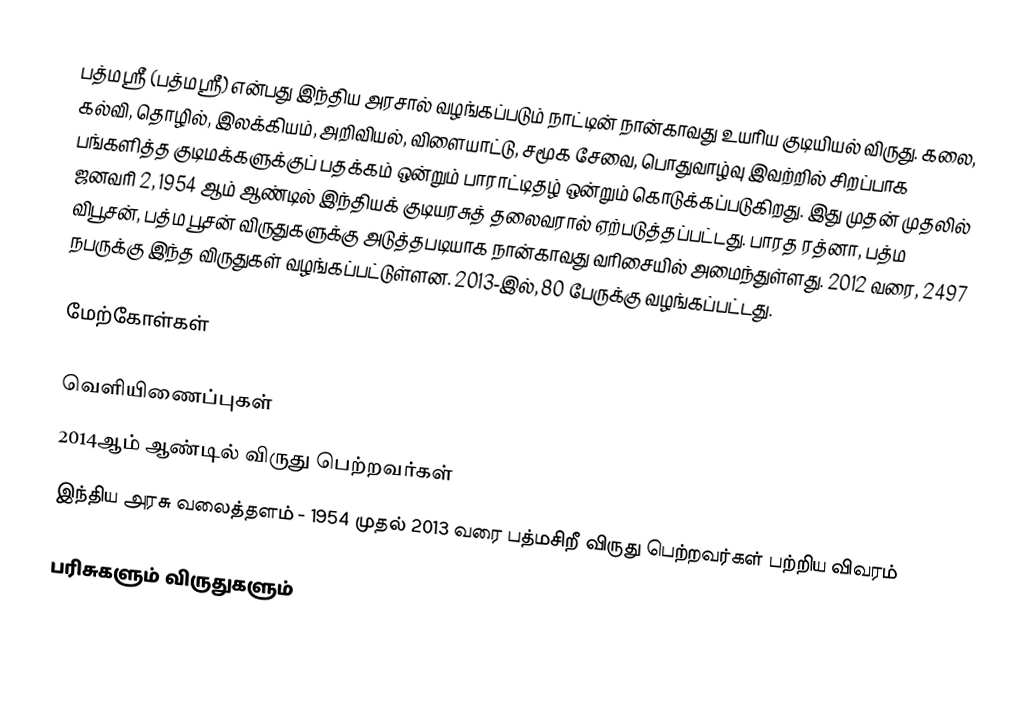
பத்மஶ்ரீ (பத்மஸ்ரீ) என்பது இந்திய அரசால் வழங்கப்படும் நாட்டின் நான்காவது உயரிய குடியியல் விருது. கலை, கல்வி, தொழில், இலக்கியம், அறிவியல், விளையாட்டு, சமூக சேவை, பொதுவாழ்வு இவற்றில் சிறப்பாக பங்களித்த குடிமக்களுக்குப் பதக்கம் ஒன்றும் பாராட்டிதழ் ஒன்றும் கொடுக்கப்படுகிறது. இது முதன் முதலில் ஜனவரி 2, 1954 ஆம் ஆண்டில் இந்தியக் குடியரசுத் தலைவரால் ஏற்படுத்தப்பட்டது. பாரத ரத்னா, பத்ம விபூசன், பத்ம பூசன் விருதுகளுக்கு அடுத்தபடியாக நான்காவது வரிசையில் அமைந்துள்ளது. 2012 வரை, 2497 நபருக்கு இந்த விருதுகள் வழங்கப்பட்டுள்ளன.  2013-இல், 80 பேருக்கு வழங்கப்பட்டது.

மேற்கோள்கள்

வெளியிணைப்புகள்
 2014ஆம் ஆண்டில் விருது பெற்றவர்கள்
 இந்திய அரசு வலைத்தளம் - 1954 முதல் 2013 வரை பத்மசிறீ விருது பெற்றவர்கள் பற்றிய விவரம்

பரிசுகளும் விருதுகளும்